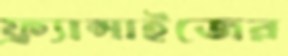
ফ্র্যান্সাইজের